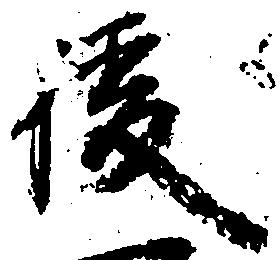
後